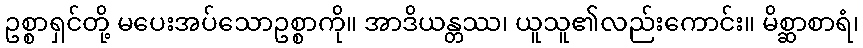
ဥစ္စာရှင်တို့ မပေးအပ်သောဥစ္စာကို။ အာဒိယန္တဿ၊ ယူသူ၏လည်းကောင်း။ မိစ္ဆာစာရံ၊